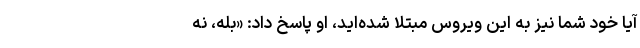
آیا خود شما نیز به این ویروس مبتلا شده‌اید، او پاسخ داد: «بله، نه